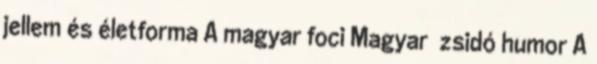
jellem és életforma A magyar foci Magyar zsidó humor A